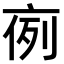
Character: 𠅜